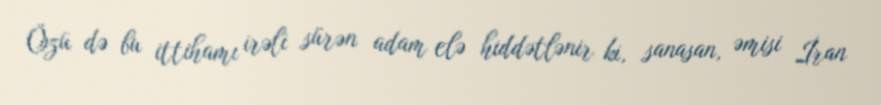
Özü də bu ittihamı irəli sürən adam elə hiddətlənir ki, sanasan, əmisi İran